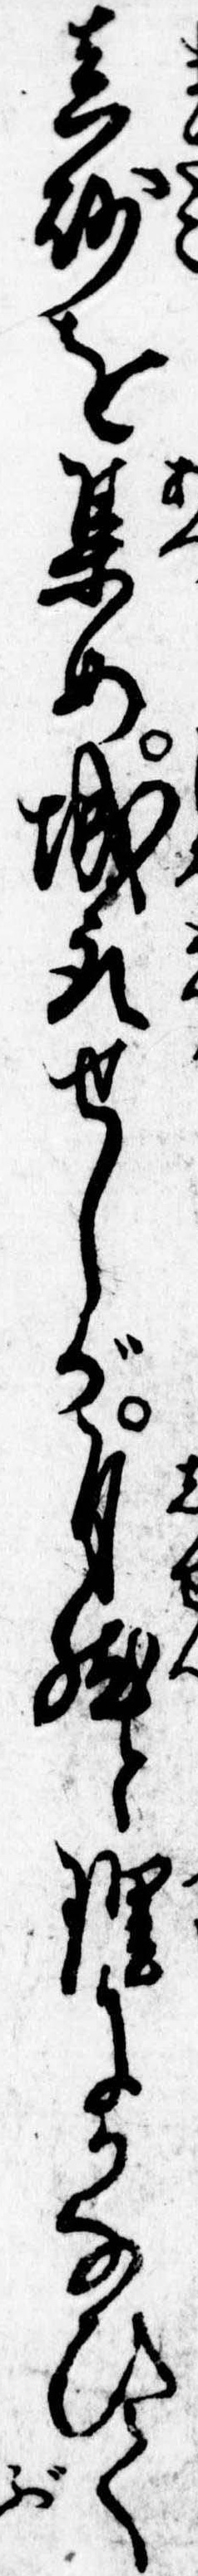
真砂を集め城取せしが自然と理にかなひて